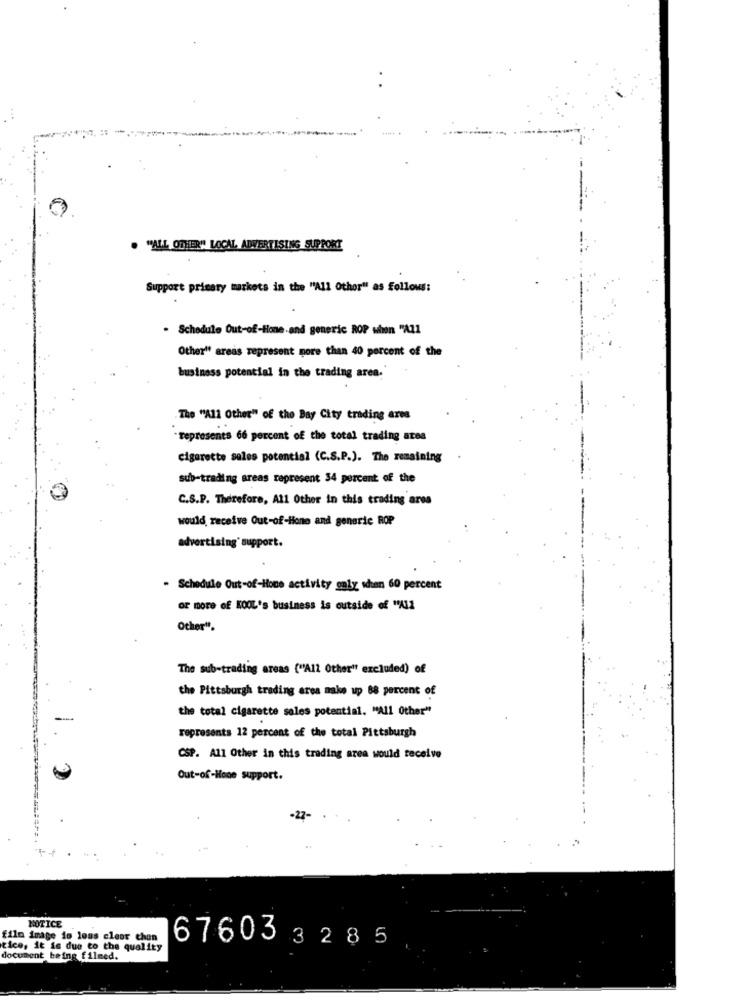
. "ALL OTHER" LOCAL AIWERTISING SUPPORT
Support primary markets in the "All Other" as Follows:
. Schedule Out-of-Hone-and generic ROP when "AZ1
Other" areas represent more than 40 percent of the
business potential in the trading area."
The "All Other" of the Bay City trading ares
represents 66 percent of the total trading ates
cigarette sales potential (C.S.P.). The remaining
sub-trading areas represent 34 percent of the
C.S.P. Therefore, All Other in this trading ares
would, receive Out-of-Hione and generic ROP
advertising' support.
- Schedule Out-of-Home activity galy when 60 percent
or more of KOOL's business is outside of "All
Other".
The sub-trading areas ("All Other" excluded) of
the Pittsburgh trading area make up 88 percent of
the total cigarette sales potential. "All Other"
represents 12 percent of the total Pittsburgh
CSP. All Other in this trading area would receive
Out-of-Hope support.
-22-
NOTICE
film image is loss cleor chon
676033285
tice, it is due co the quality
document being filmed.